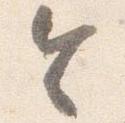
令